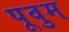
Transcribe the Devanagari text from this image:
पूवुम